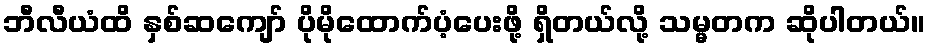
ဘီလီယံထိ နှစ်ဆကျော် ပိုမိုထောက်ပံ့ပေးဖို့ ရှိတယ်လို့ သမ္မတက ဆိုပါတယ်။